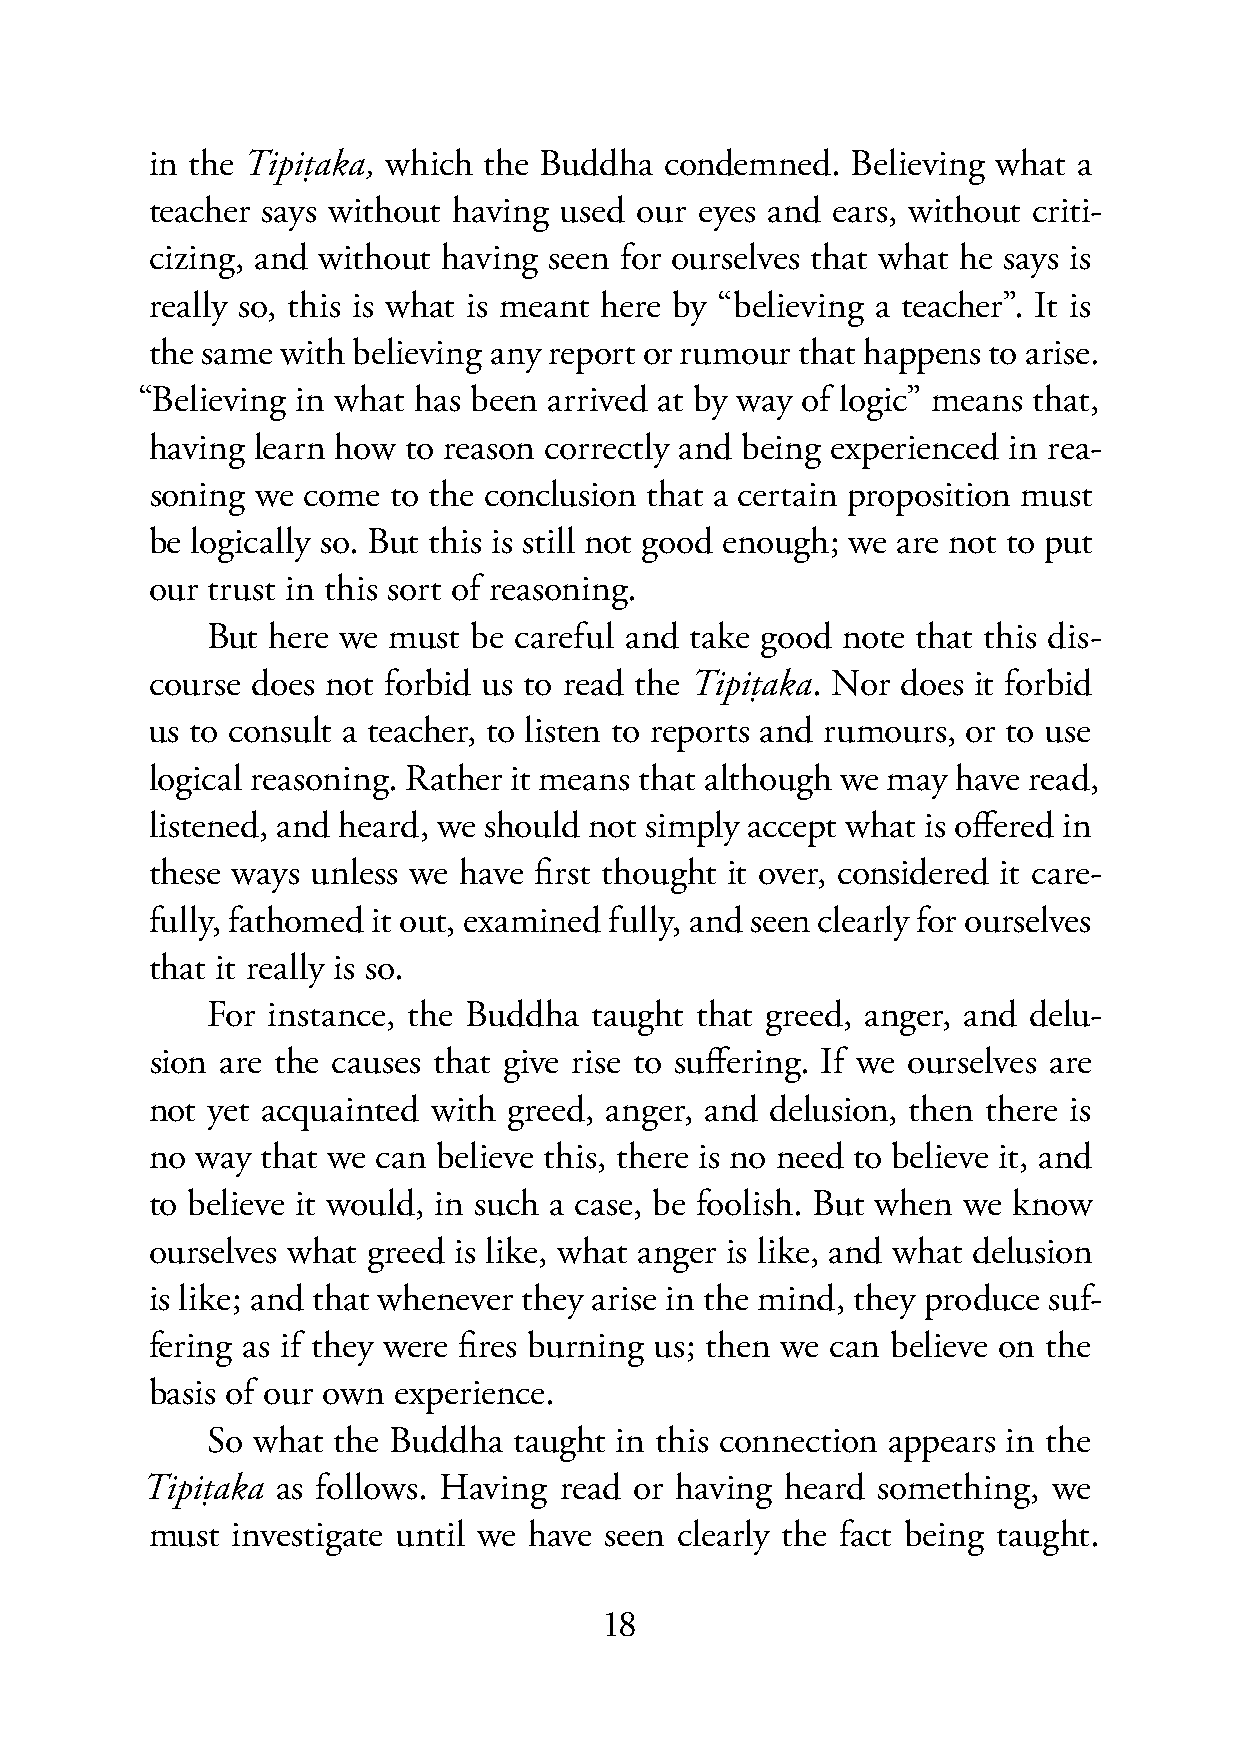
in the Tipiṭaka, which the Buddha condemned.  Believing what a
 teacher says without having used our eyes and ears, without criti-
 cizing, and without having seen for ourselves that what he says is
 really so, this is what is meant here by “believing a teacher”. It is
 the same with believing any report or rumour that happens to arise.
 “Believing in what has been arrived at by way of logic” means that,
 having learn how to reason correctly and being experienced in rea-
 soning we come  to the conclusion that a certain proposition must
 be logically so. But this is still not good enough; we are not to put
 our trust in this sort of reasoning.
 But here we must be careful and take good note that this dis-
 course does not forbid us to read the Tipiṭaka. Nor does it forbid
 us to consult a teacher, to listen to reports and rumours, or to use
 logical reasoning. Rather it means that although we may have read,
 listened, and heard, we should not simply accept what is offered in
 these ways unless we have first thought it over, considered it care-
 fully, fathomed it out, examined fully, and seen clearly for ourselves
 that it really is so.
 For instance, the Buddha taught that greed, anger, and delu-
 sion are the causes that give rise to suffering. If we ourselves are
 not yet acquainted with greed, anger, and delusion, then there is
 no way that we can believe this, there is no need to believe it, and
 to believe it would, in such a case, be foolish. But when we know
 ourselves what greed is like, what anger is like, and what delusion
 is like; and that whenever they arise in the mind, they produce suf-
 fering as if they were fires burning us; then we can believe on the
 basis of our own experience.
 So what the Buddha  taught in this connection appears in the
 Tipiṭaka as follows. Having read or having heard something,  we
 must investigate until we have seen clearly the fact being taught.
 18